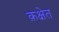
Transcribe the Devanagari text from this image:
क़क्षेत